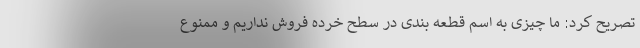
تصریح کرد: ما چیزی به اسم قطعه بندی در سطح خرده فروش نداریم و ممنوع